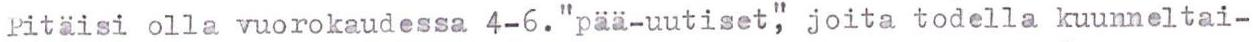
Pitäisi olla vuorokaudessa 4-6. "pää-uutiset", joita todella kuunneltai-